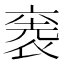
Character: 𮖋